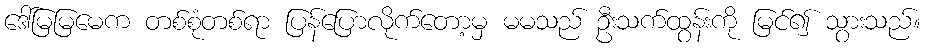
ဒေါ်မြမြမေက တစ်စုံတစ်ရာ ပြန်ပြောလိုက်တော့မှ မမသည် ဦးသက်ထွန်းကို မြင်၍ သွားသည်။